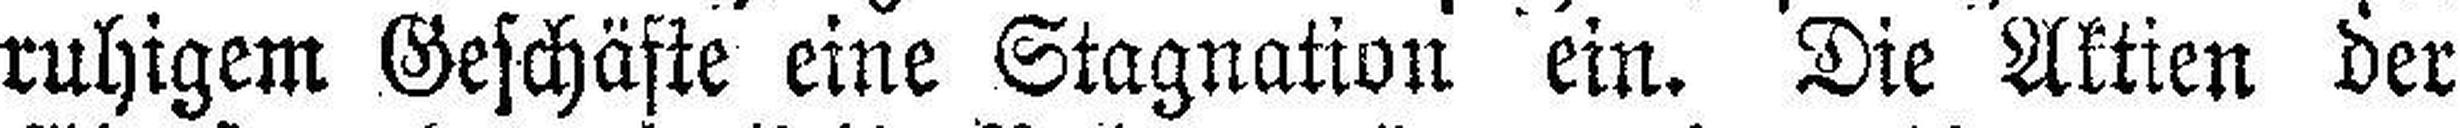
ruhigem Geschäfte eine Stagnation ein. Die Aktien der